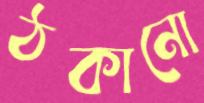
ঠকানো